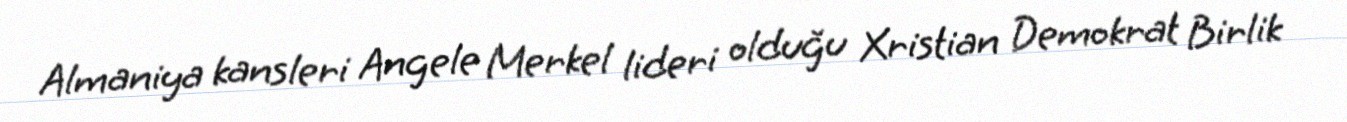
Almaniya kansleri Angele Merkel lideri olduğu Xristian Demokrat Birlik